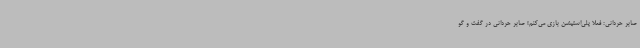
صابر حردانی: فعلا پلی‌استیشن بازی می‌کنم! صابر حردانی در گفت و گو